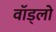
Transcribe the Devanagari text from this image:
वॉड्लो